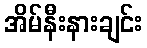
အိမ်နီးနားချင်း